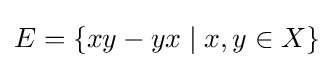
E=\{xy-yx\mid x,y\in X\}